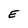
Character: E